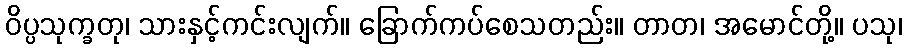
ဝိပ္ပသုက္ခတု၊ သားနှင့်ကင်းလျက်။ ခြောက်ကပ်စေသတည်း။ တာတ၊ အမောင်တို့။ ပသု၊